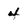
Character: 4